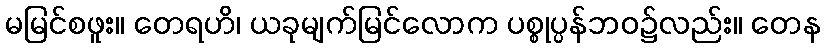
မမြင်စဖူး။ တေရဟိ၊ ယခုမျက်မြင်လောက ပစ္စုပ္ပန်ဘဝ၌လည်း။ တေန